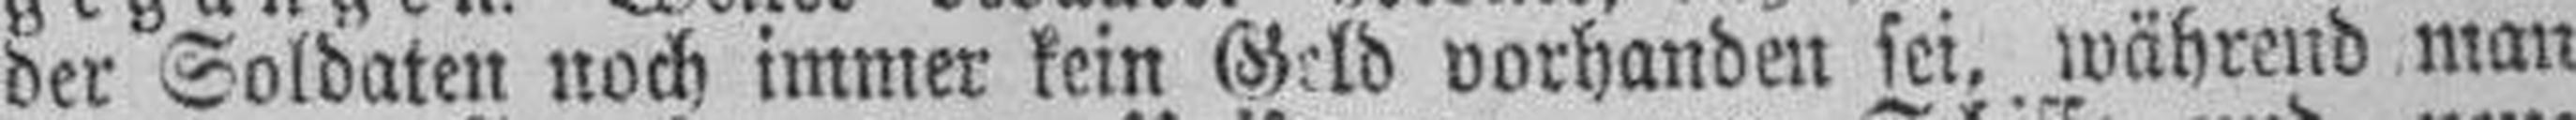
der Soldaten noch immer kein Geld vorhanden sei, während man